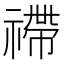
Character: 𥛣